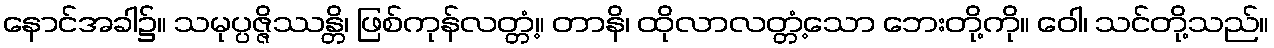
နောင်အခါ၌။ သမုပ္ပဇ္ဇိဿန္တိ၊ ဖြစ်ကုန်လတ္တံ့။ တာနိ၊ ထိုလာလတ္တံ့သော ဘေးတို့ကို။ ဝေါ၊ သင်တို့သည်။